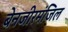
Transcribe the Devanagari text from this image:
बेनजीरमंजिल